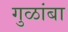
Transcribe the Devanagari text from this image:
गुळांबा